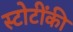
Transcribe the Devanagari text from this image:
स्टोटींकी